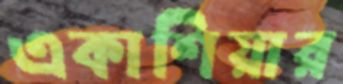
একাশিয়ার